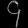
Digit: ၄